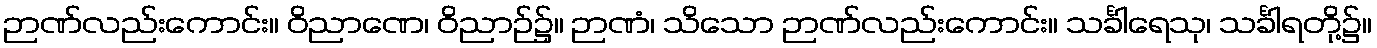
ဉာဏ်လည်းကောင်း။ ဝိညာဏေ၊ ဝိညာဉ်၌။ ဉာဏံ၊ သိသော ဉာဏ်လည်းကောင်း။ သင်္ခါရေသု၊ သင်္ခါရတို့၌။